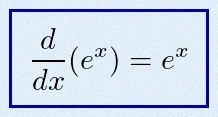
\frac{d}{dx}(e^x)=e^x